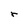
Character: r